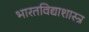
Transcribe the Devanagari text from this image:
भारतविद्याशास्त्र